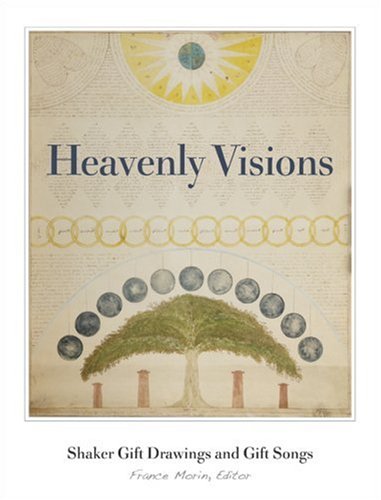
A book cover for Heavenly Visions: Shaker Gift Drawings And Gift Songs; France Morin; Christian Books & Bibles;